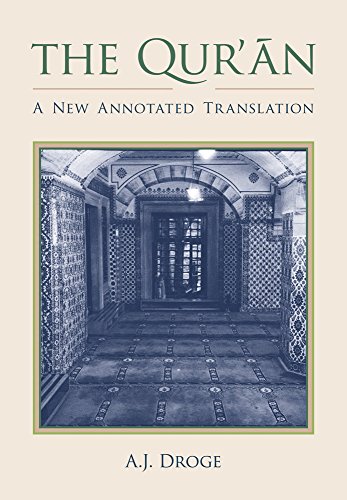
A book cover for The Qur'an: A New Annotated Translation (Comparative Islamic Studies); Religion & Spirituality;